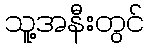
သူ့အနီးတွင်